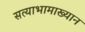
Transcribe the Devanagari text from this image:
सत्याभामाख्यान